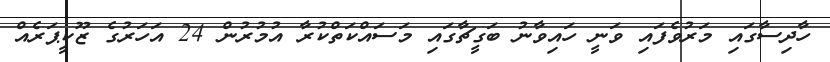
ހާދިސާގައި މަރުވެފައި ވަނީ ހައިވާނު ބަގީޗާގައި މަސައްކަތްކުރާ އުމުރުން 24 އަހަރުގެ ޒޫކީޕަރެއް